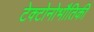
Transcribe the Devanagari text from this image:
टेक्टोनोभौतिकी